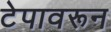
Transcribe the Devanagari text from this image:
टेपावरून